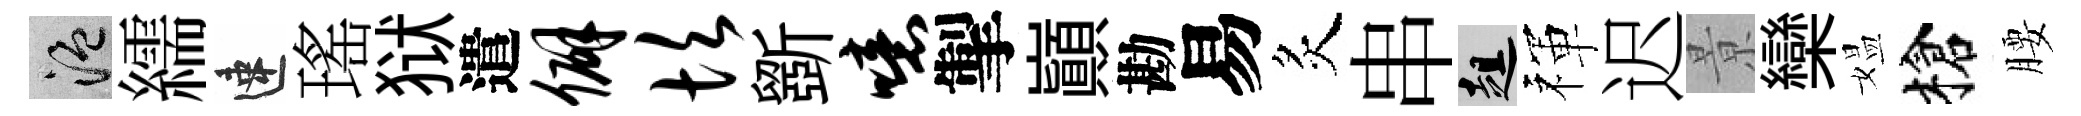
温繻速瑤狱遣僻坎斵噫掣巔勘易炙串趄禈迟㬌欒媪槍腰